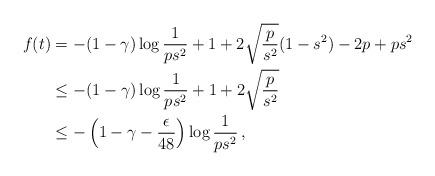
LaTeX: \begin{align*} f(t) & = - (1-\gamma) \log \frac{1}{ps^2} + 1 + 2 \sqrt{\frac{p}{s^2}}(1-s^2)-2p+ps^2 \\ &\le - (1-\gamma) \log \frac{1}{ps^2} + 1 + 2 \sqrt{\frac{p}{s^2}} \\ & \le- \left(1-\gamma - \frac{\epsilon}{48}\right) \log \frac{1}{ps^2} \, , \end{align*}